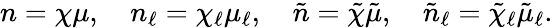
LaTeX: n=\chi\mu,\quad n_{\ell}=\chi_{\ell}\mu_{\ell},\quad\tilde{n}=\tilde{\chi}\tilde{\mu},\quad\tilde{n}_{\ell}=\tilde{\chi}_{\ell}\tilde{\mu}_{\ell}.